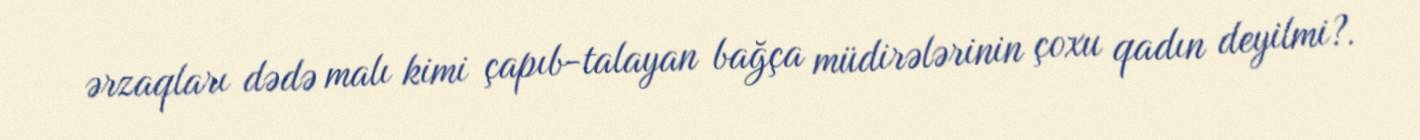
ərzaqları dədə malı kimi çapıb-talayan bağça müdirələrinin çoxu qadın deyilmi?.